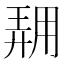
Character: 𱰟